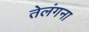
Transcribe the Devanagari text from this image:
तेलंगना